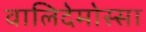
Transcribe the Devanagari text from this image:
वालिदेमोस्सा